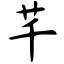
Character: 芊